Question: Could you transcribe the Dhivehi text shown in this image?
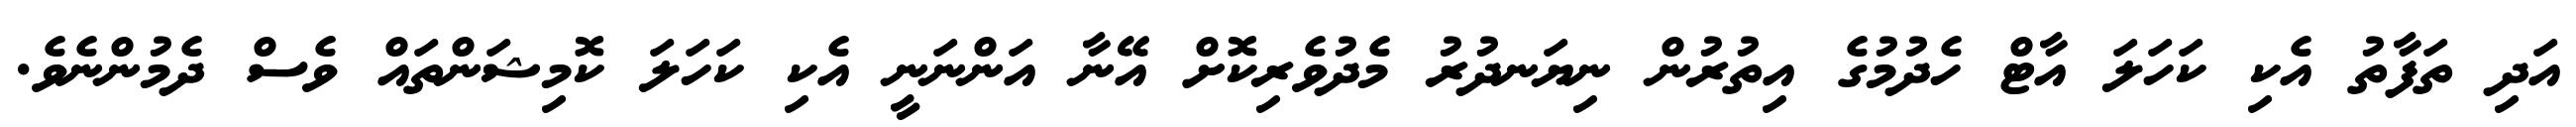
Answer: އަދި ތަފާތު އެކި ކަހަލަ އާޓް ހެދުމުގެ އިތުރުން ނިޔަނދުރު މެދުވެރިކޮށް އޭނާ އަންނަނީ އެކި ކަހަލަ ކޮމިޝަންތައް ވެސް ދެމުންނެވެ.